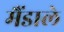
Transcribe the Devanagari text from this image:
मैंडाले